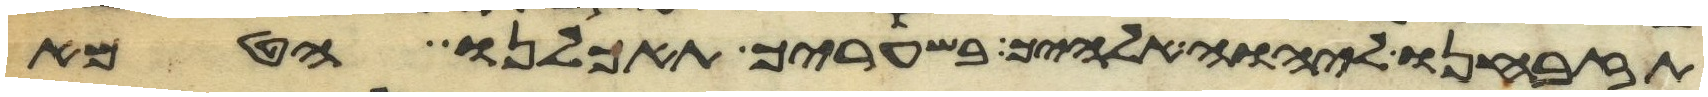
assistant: תזבחנו ליהוה אלהיך בשעריך תאכלנו הטמא